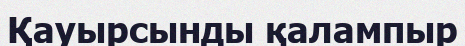
Қауырсынды қалампыр